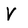
Character: V